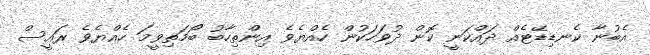
އެބުނާ ކެނޑިޑޭޓެއް ދައްކަނީ ކޮން ދުވަހަކުން ހެއްޔެވެ އިންތިހާބު ބޯމަތިވީމަ ހެއްޔެވެ ރައީސް